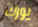
يورك